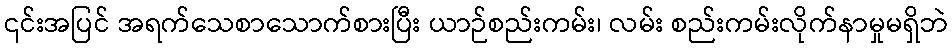
၎င်းအပြင် အရက်သေစာသောက်စားပြီး ယာဉ်စည်းကမ်း၊ လမ်း စည်းကမ်းလိုက်နာမှုမရှိဘဲ